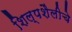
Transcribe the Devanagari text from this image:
शिल्पशैलीचे